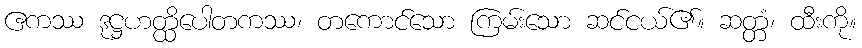
ဧကဿ ဒုဋ္ဌဟတ္ထိပေါတကဿ၊ တကောင်သော ကြမ်းသော ဆင်ငယ်၏။ ဆတ္တံ၊ ထီးကို။